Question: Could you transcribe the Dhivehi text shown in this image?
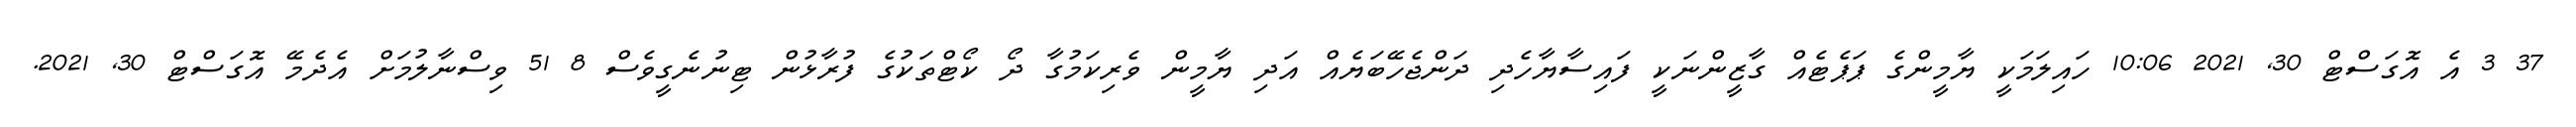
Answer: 37 3 އެ އޮގަސްޓް 30, 2021 10:06 ހައިލަމަކީ ޔާމީންގެ ޕަޕެޓެއް ގާޒީންނަކީ ފައިސާޔާހެދި ދަންޖެހޭބަޔެއް އަދި ޔާމީން ވެރިކަމުގާ ދޯ ކޯޓްތަކުގެ ފުރާޅުން ޓިނުނެގީވެސް 8 51 ވިސްނާލުމަށް އެދެމޭ އޮގަސްޓް 30, 2021.